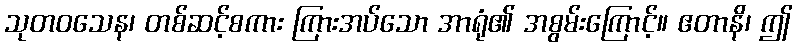
သုတဝသေန၊ တစ်ဆင့်စကား ကြားအပ်သော အာရုံ၏ အစွမ်းကြောင့်။ ဧတာနိ၊ ဤ